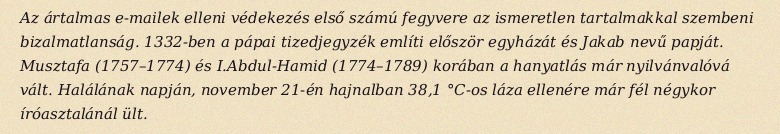
Az ártalmas e-mailek elleni védekezés első számú fegyvere az ismeretlen tartalmakkal szembeni bizalmatlanság. 1332-ben a pápai tizedjegyzék említi először egyházát és Jakab nevű papját. Musztafa (1757–1774) és I.Abdul-Hamid (1774–1789) korában a hanyatlás már nyilvánvalóvá vált. Halálának napján, november 21-én hajnalban 38,1 °C-os láza ellenére már fél négykor íróasztalánál ült.